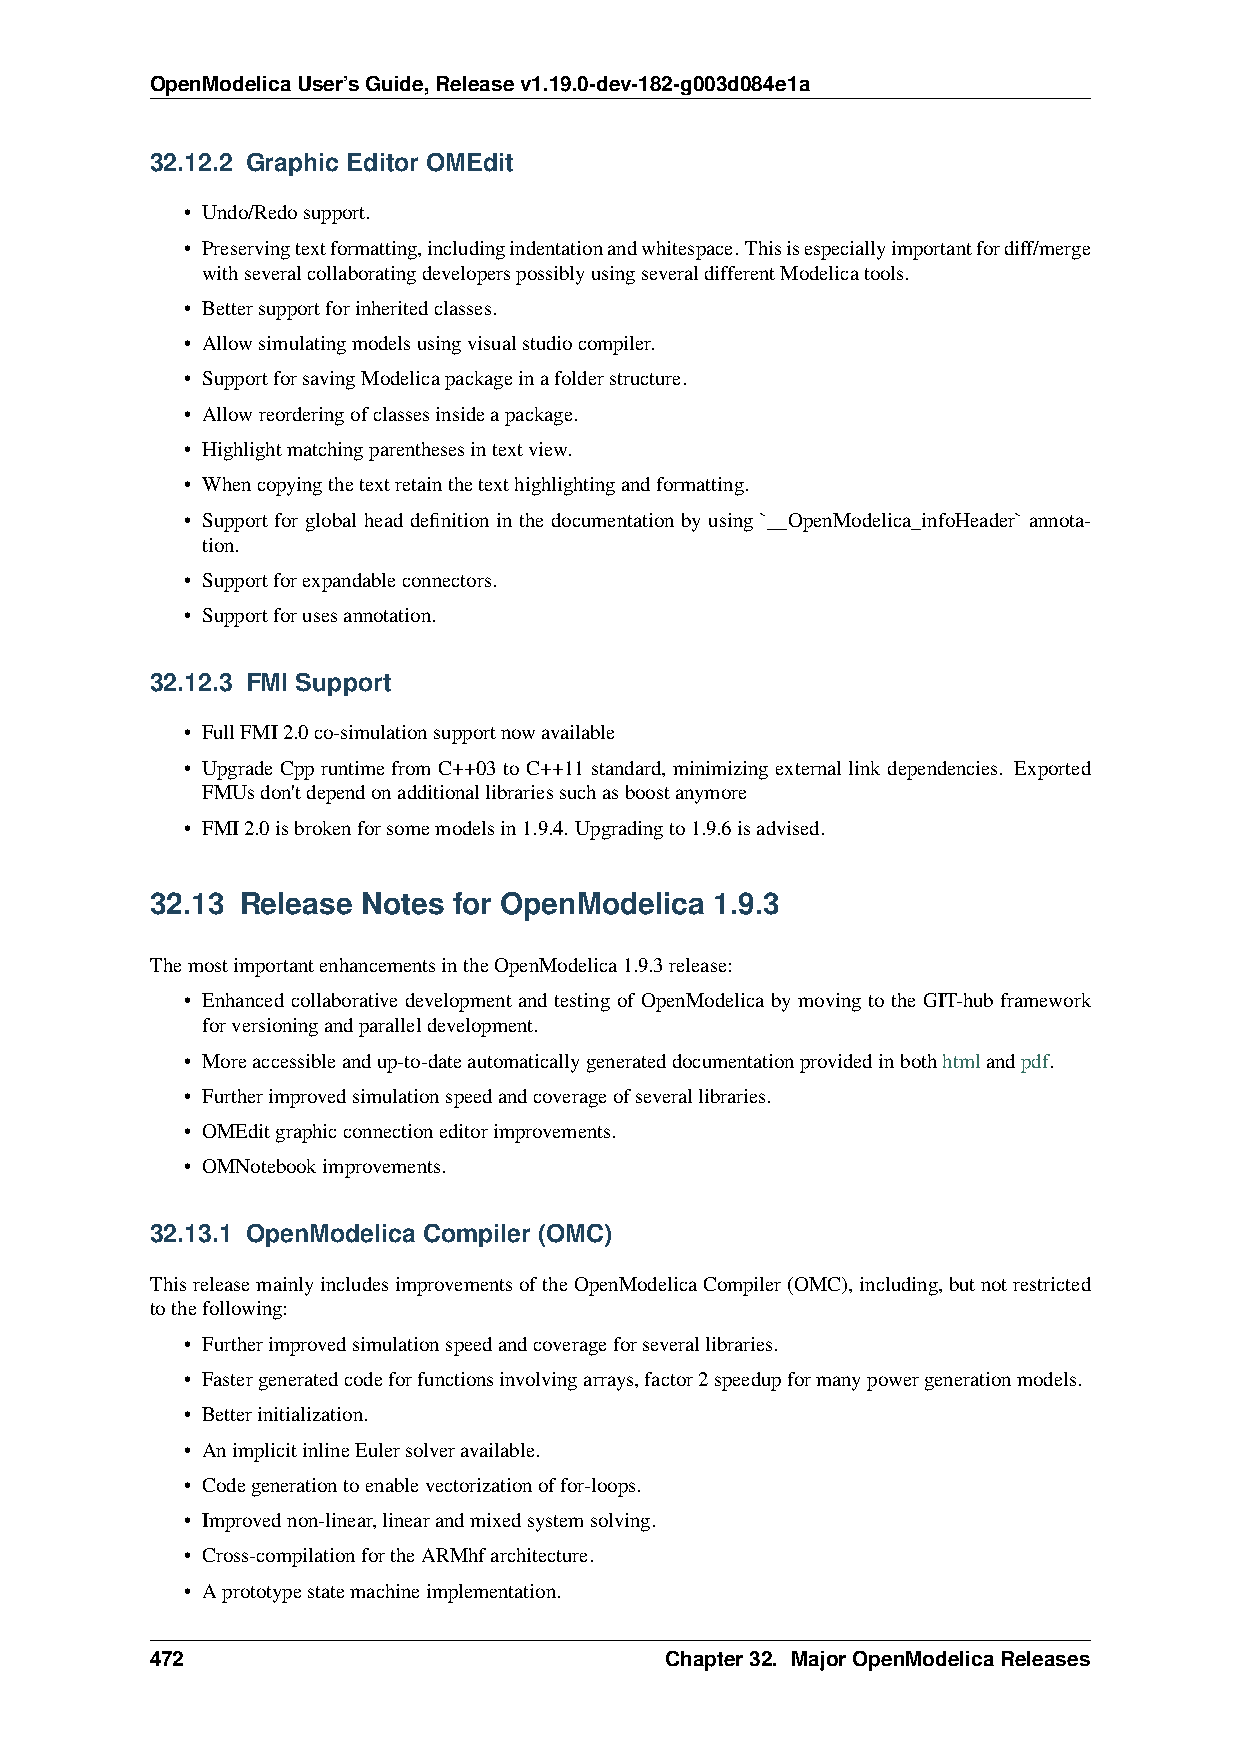
OpenModelicaUser’sGuide,Releasev1.19.0-dev-182-g003d084e1a
 32.12.2 Graphic Editor OMEdit
 • Undo/Redosupport.
 • Preservingtextformatting,includingindentationandwhitespace.Thisisespeciallyimportantfordiff/merge
 withseveralcollaboratingdeveloperspossiblyusingseveraldifferentModelicatools.
 • Bettersupportforinheritedclasses.
 • Allowsimulatingmodelsusingvisualstudiocompiler.
 • SupportforsavingModelicapackageinafolderstructure.
 • Allowreorderingofclassesinsideapackage.
 • Highlightmatchingparenthesesintextview.
 • Whencopyingthetextretainthetexthighlightingandformatting.
 • Support for global head definition in the documentation by using `__OpenModelica_infoHeader` annota-
 tion.
 • Supportforexpandableconnectors.
 • Supportforusesannotation.
 32.12.3 FMI Support
 • FullFMI2.0co-simulationsupportnowavailable
 • Upgrade Cpp runtime from C++03 to C++11 standard, minimizing external link dependencies. Exported
 FMUsdon'tdependonadditionallibrariessuchasboostanymore
 • FMI2.0isbrokenforsomemodelsin1.9.4. Upgradingto1.9.6isadvised.
 32.13 Release Notes for OpenModelica 1.9.3
 ThemostimportantenhancementsintheOpenModelica1.9.3release:
 • Enhanced collaborative development and testing of OpenModelica by moving to the GIT-hub framework
 forversioningandparalleldevelopment.
 • Moreaccessibleandup-to-dateautomaticallygenerateddocumentationprovidedinbothhtmlandpdf.
 • Furtherimprovedsimulationspeedandcoverageofseverallibraries.
 • OMEditgraphicconnectioneditorimprovements.
 • OMNotebookimprovements.
 32.13.1 OpenModelica Compiler (OMC)
 ThisreleasemainlyincludesimprovementsoftheOpenModelicaCompiler(OMC),including,butnotrestricted
 tothefollowing:
 • Furtherimprovedsimulationspeedandcoverageforseverallibraries.
 • Fastergeneratedcodeforfunctionsinvolvingarrays,factor2speedupformanypowergenerationmodels.
 • Betterinitialization.
 • AnimplicitinlineEulersolveravailable.
 • Codegenerationtoenablevectorizationoffor-loops.
 • Improvednon-linear,linearandmixedsystemsolving.
 • Cross-compilationfortheARMhfarchitecture.
 • Aprototypestatemachineimplementation.
 472                               Chapter32. MajorOpenModelicaReleases